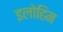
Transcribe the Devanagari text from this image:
इलोहिम